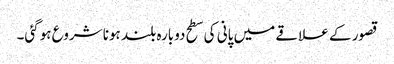
قصور کے علاقے میں پانی کی سطح دوبارہ بلند ہونا شروع ہوگئی۔